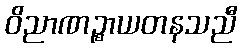
ဝိညာဏဉ္စာယတနသညီ